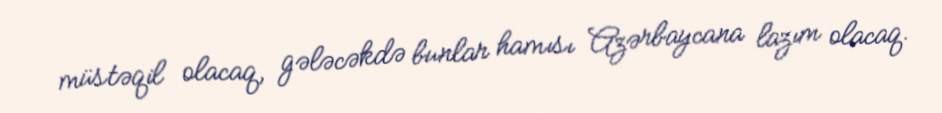
müstəqil olacaq, gələcəkdə bunlar hamısı Azərbaycana lazım olacaq.